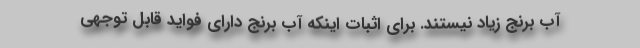
آب برنج زیاد نیستند. برای اثبات اینکه آب برنج دارای فواید قابل توجهی